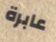
عابرة